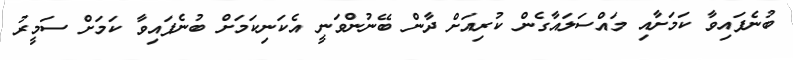
ބުނެފައިވާ ކަމަށާއި މައްސަލައާގެން ކުރިއަށް ދާން ބޭނުންވަނީ އެކަނިކަމަށް ބުނެފައިވާ ކަމަށް ސަމީރު